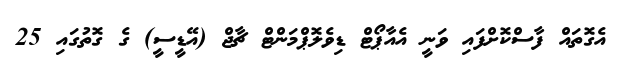
އެގޮތައް ފާސްކޮށްފައި ވަނީ އެއާޕޯޓް ޑިވެލޮޕްމަންޓް ޗާޖް (އޭޑީސީ) ގެ ގޮތުގައި 25